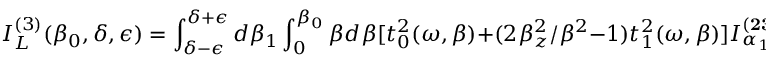
I _ { L } ^ { ( 3 ) } ( { \beta } _ { 0 } , \delta , \epsilon ) = \int _ { \delta - \epsilon } ^ { \delta + \epsilon } d { \beta } _ { 1 } \int _ { 0 } ^ { { \beta } _ { 0 } } { \beta } d { \beta } [ t _ { 0 } ^ { 2 } ( { \omega } , { \beta } ) + ( 2 { \beta } _ { z } ^ { 2 } / { \beta } ^ { 2 } - 1 ) t _ { 1 } ^ { 2 } ( { \omega } , { \beta } ) ] I _ { \alpha _ { 1 } } ^ { ( { \bf 2 3 } ) } ( { \beta } _ { 0 } , { \beta } )